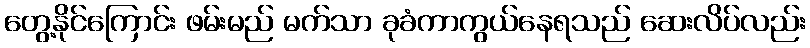
တွေ့နိုင်ကြောင်း ဖမ်းမည် မက်သာ ခုခံကာကွယ်နေရသည် ဆေးလိပ်လည်း